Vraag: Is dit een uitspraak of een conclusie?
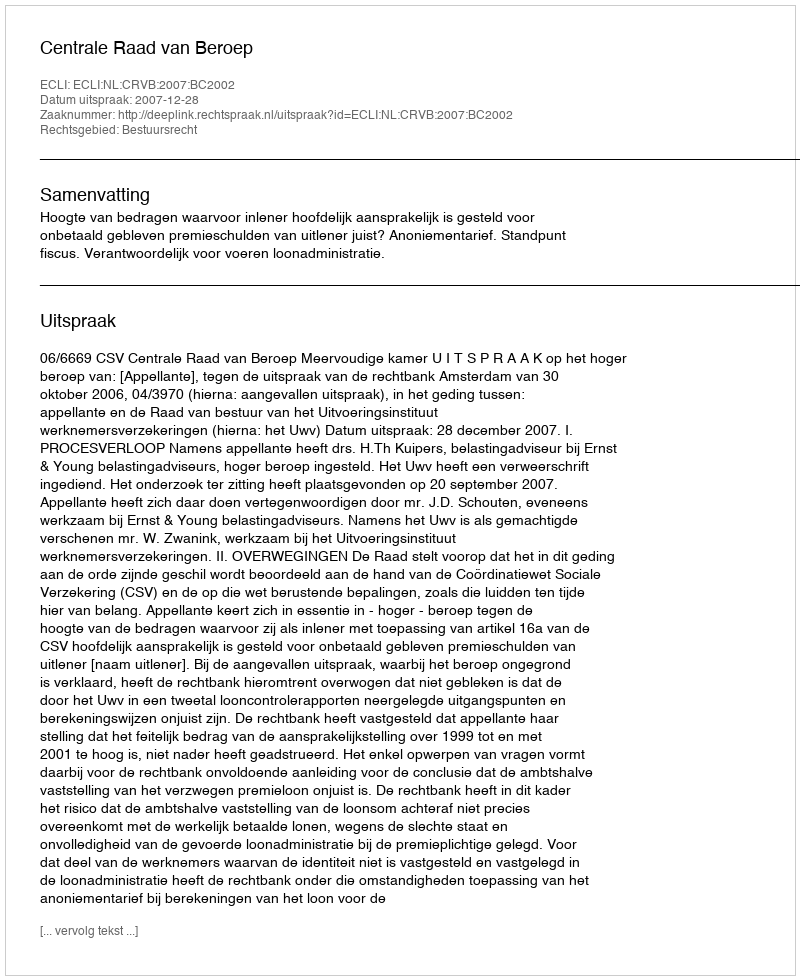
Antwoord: Uitspraak